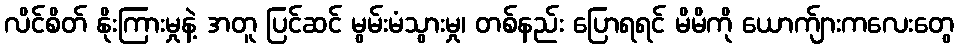
လိင်စိတ် နိုးကြားမှုနဲ့ အတူ ပြင်ဆင် မွမ်းမံသွားမှု၊ တစ်နည်း ပြောရရင် မိမိကို ယောက်ျားကလေးတွေ